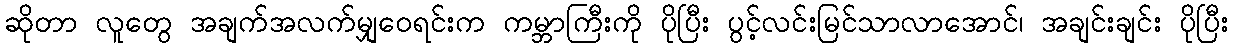
ဆိုတာ လူတွေ အချက်အလက်မျှဝေရင်းက ကမ္ဘာကြီးကို ပိုပြီး ပွင့်လင်းမြင်သာလာအောင်၊ အချင်းချင်း ပိုပြီး